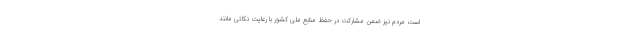
است مردم نیز ضمن مشارکت در حفظ منابع ملی کشور با رعایت نکاتی مانند